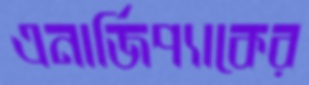
এনার্জিপ্যাকের